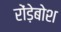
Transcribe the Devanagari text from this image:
रोंड़ेबोश